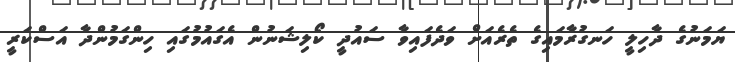
ޔަމަނުގެ ދާހިލީ ހަނގުރާމައިގެ ތެރެއަށް ވަދެފައިވާ ސައުދީ ކޯލިޝަނުން އެގައުމުގައި ހިންގަމުންދާ އަސްކަރީ